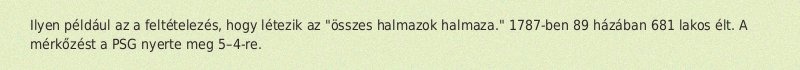
Ilyen például az a feltételezés, hogy létezik az "összes halmazok halmaza." 1787-ben 89 házában 681 lakos élt. A mérkőzést a PSG nyerte meg 5–4-re.